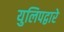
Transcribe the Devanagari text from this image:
युलिपद्वारे